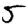
Digit: 5